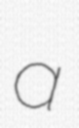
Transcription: a